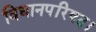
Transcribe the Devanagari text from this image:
विधानपरिषद।